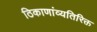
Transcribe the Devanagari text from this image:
ठिकाणांव्यतिरिक्त